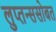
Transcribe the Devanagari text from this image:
लुप्तन्ससोबत